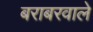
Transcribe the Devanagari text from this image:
बराबरवाले